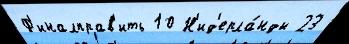
Ф'иналправ'ить 10 Н'ид'ерла́нды 23